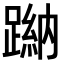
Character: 𨃺